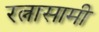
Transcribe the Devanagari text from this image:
रत्नासामी